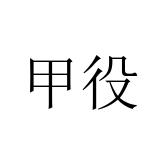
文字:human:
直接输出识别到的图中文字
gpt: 甲役